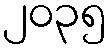
၂၀၃၅